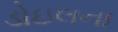
ડોઇલના